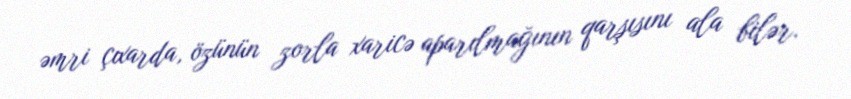
əmri çıxarda, özünün zorla xaricə aparılmağının qarşısını ala bilər.